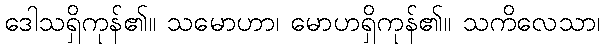
ဒေါသရှိကုန်၏။ သမောဟာ၊ မောဟရှိကုန်၏။ သကိလေသာ၊